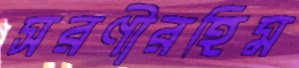
সরণীরহিম